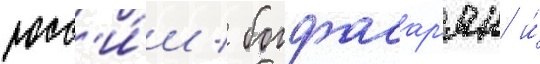
росс'и́и / богдасар'ян и́